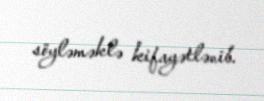
söyləməklə kifayətlənib.